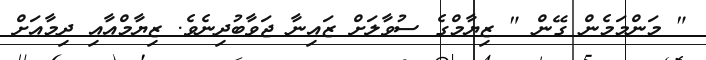
" މަންމަމެން ގޭން " ޒިޔާމްގެ ސުވާލަށް ޒައިނާ ޖަވާބުދިނެވެ. ޒިޔާމްއާއި ދިމާއަށް